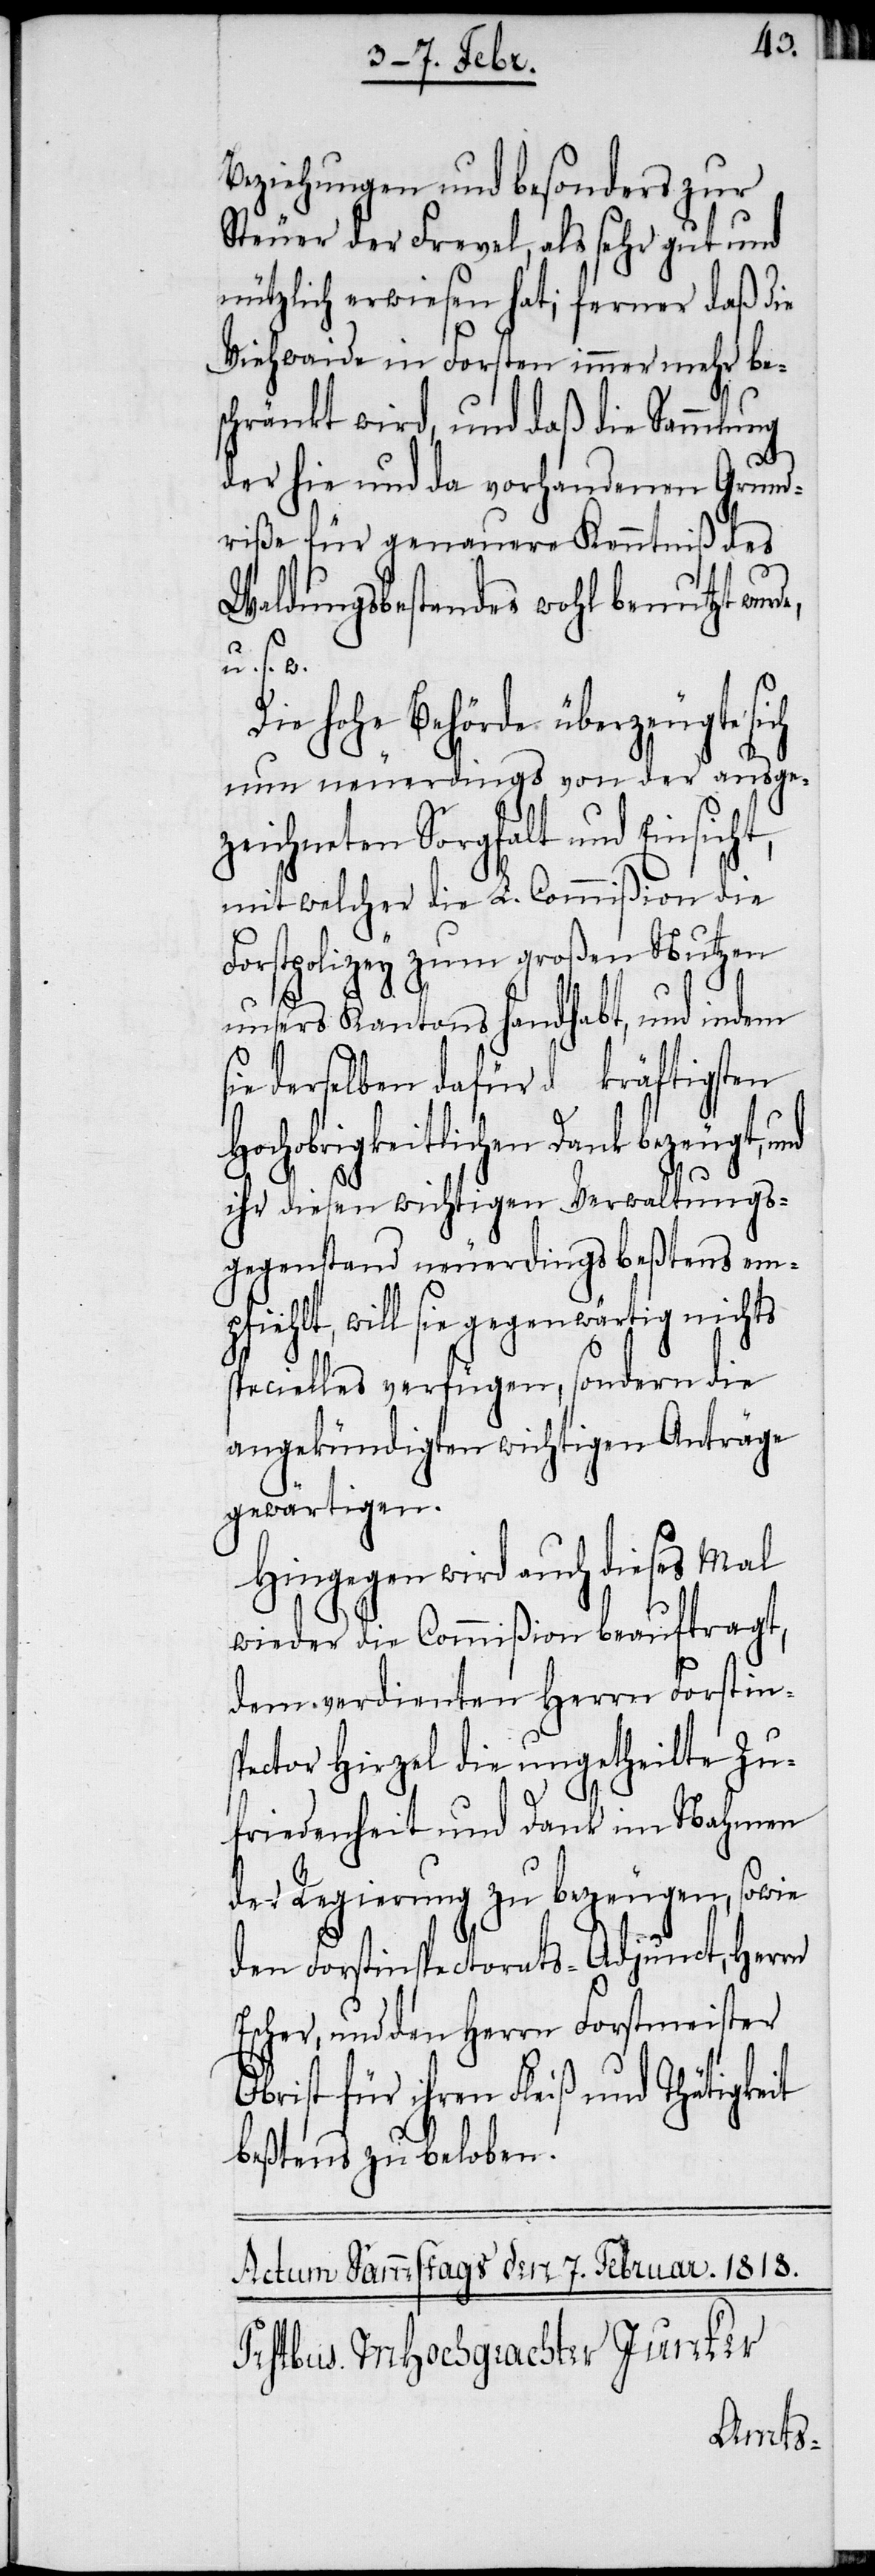
Beziehungen und besonders zur
Steuer der Frevel, als sehr gut und
nützlich erwiesen hat; ferner daß die
Viehwaide in Forsten immer mehr bes¬
chränkt wird, und daß die Sammlung
der hie und da vorhandenen Grund¬
riße für genauere Kenntniß des
Waldungsbestandes wohl benutzt wur¬
s. w.
Die hohe Behörde überzeugte sich
nun neuerdings von der ausge¬
zeichneten Sorgfalt und Einsicht,
mit welcher die L. Commißion die
Forstpolizey zum großen Nutzen
unsers Kantons handhabt, und indem
Hochobrigkeitlichen Dank bezeugt, und
ihr diesen wichtigen Verwaltungs¬
gegenstand neuerdings beßtens em¬
pfiehlt, will sie gegenwärtig nichts
specielles verfügen, sondern die
angekündigten wichtigen Anträge
gewärtigen.
Hingegen wird auch dieses Mal
wieder die Commißion beauftragt,
dem verdienten Herrn Forstins¬
pector Hirzel die ungetheilte Zu¬
friedenheit und Dank im Nahmen
der Regierung zu bezeugen, sowie
den Forstinspectorats-Adjunct, Herrn
Escher, und den Herrn Forstmeister
Obrist für ihren Fleiß und Thätigkeit
beßtens zu beloben.